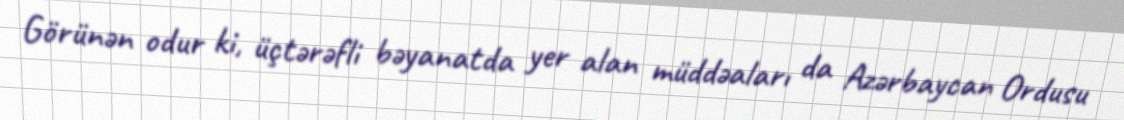
Görünən odur ki, üçtərəfli bəyanatda yer alan müddəaları da Azərbaycan Ordusu